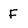
Character: F